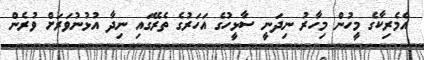
އެމެރިކާގެ މީހުން މިހާރު ނިދަނީ ސާޅީހުގެ އަހަރުގެ ތެރޭގައި ނިދާ އުޅުނުވަރަށް ވުރެން